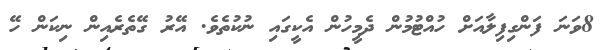
8ވަނަ ފަންގިފިލާއަށް ހުއްޓުމުން ދެމީހުން އެކީގައި ނުކުތެވެ. އޭރު ގޭތެރެއިން ނިކަން ހޭ